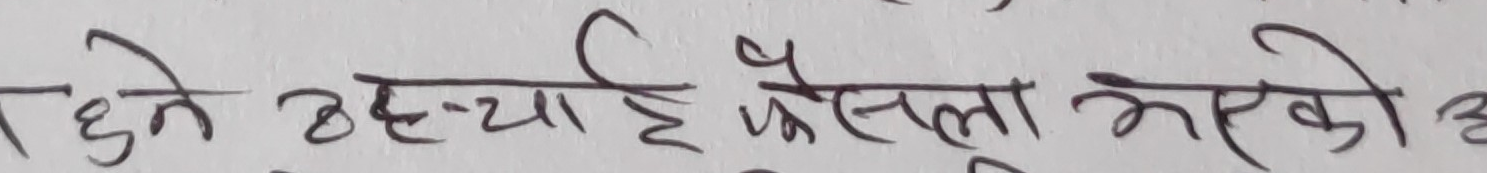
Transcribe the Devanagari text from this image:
दिने उच्चाई फैसला भएको अ